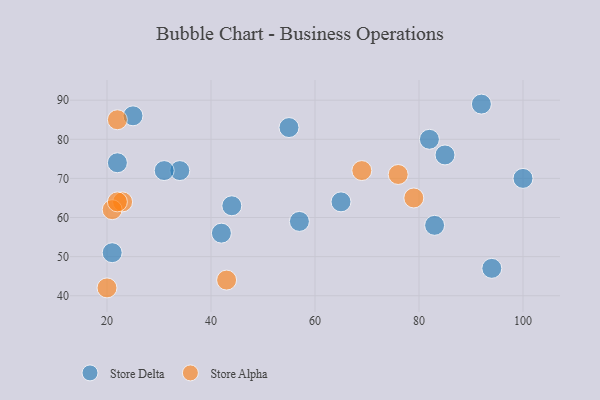
{"axis": {"x": "GDP", "y": "Life Expectancy"}, "legend": ["Store Alpha", "Store Delta"], "data": [{"x": "34", "y": 72, "type": "Store Delta"}, {"x": "25", "y": 86, "type": "Store Delta"}, {"x": "82", "y": 80, "type": "Store Delta"}, {"x": "100", "y": 70, "type": "Store Delta"}, {"x": "85", "y": 76, "type": "Store Delta"}, {"x": "83", "y": 58, "type": "Store Delta"}, {"x": "55", "y": 83, "type": "Store Delta"}, {"x": "94", "y": 47, "type": "Store Delta"}, {"x": "92", "y": 89, "type": "Store Delta"}, {"x": "65", "y": 64, "type": "Store Delta"}, {"x": "42", "y": 56, "type": "Store Delta"}, {"x": "21", "y": 51, "type": "Store Delta"}, {"x": "44", "y": 63, "type": "Store Delta"}, {"x": "31", "y": 72, "type": "Store Delta"}, {"x": "57", "y": 59, "type": "Store Delta"}, {"x": "22", "y": 74, "type": "Store Delta"}, {"x": "22", "y": 85, "type": "Store Alpha"}, {"x": "23", "y": 64, "type": "Store Alpha"}, {"x": "69", "y": 72, "type": "Store Alpha"}, {"x": "79", "y": 65, "type": "Store Alpha"}, {"x": "21", "y": 62, "type": "Store Alpha"}, {"x": "22", "y": 64, "type": "Store Alpha"}, {"x": "20", "y": 42, "type": "Store Alpha"}, {"x": "43", "y": 44, "type": "Store Alpha"}, {"x": "76", "y": 71, "type": "Store Alpha"}]}